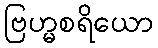
ဗြဟ္မစရိယော